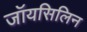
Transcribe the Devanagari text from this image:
जॉयसिलिन